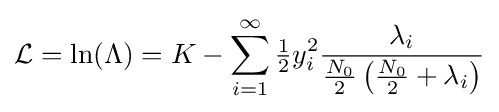
{\mathcal {L}}=\ln(\Lambda )=K-\sum _{i=1}^{\infty }{\tfrac {1}{2}}y_{i}^{2}{\frac {\lambda _{i}}{{\frac {N_{0}}{2}}\left({\frac {N_{0}}{2}}+\lambda _{i}\right)}}